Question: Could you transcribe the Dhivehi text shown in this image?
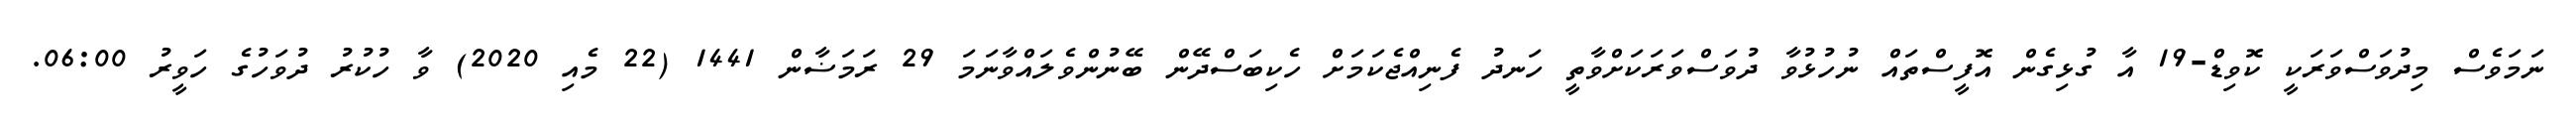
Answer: ނަމަވެސް މިދުވަސްވަރަކީ ކޮވިޑް-19 އާ ގުޅިގެން އޮފީސްތައް ނުހުޅުވާ ދުވަސްވަރަކަށްވާތީ ހަނދު ފެނިއްޖެކަމަށް ހެކިބަސްދޭން ބޭނުންވެލައްވާނަމަ 29 ރަމަޟާން 1441 (22 މެއި 2020) ވާ ހުކުރު ދުވަހުގެ ހަވީރު 06:00.